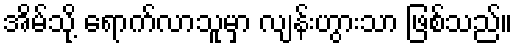
အိမ်သို့ ရောက်လာသူမှာ လျန်းဟွားသာ ဖြစ်သည်။